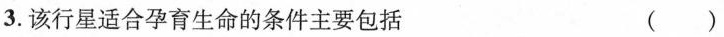
3.该行星适合孕育生命的条件主要包括 ()